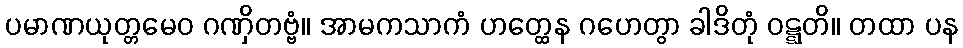
ပမာဏယုတ္တမေဝ ဂဏှိတဗ္ဗံ။ အာမကသာကံ ဟတ္ထေန ဂဟေတွာ ခါဒိတုံ ဝဋ္ဋတိ။ တထာ ပန